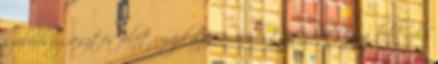
szabadságvesztés felét, majd a fennmaradó tartamot hozzá kell adni